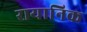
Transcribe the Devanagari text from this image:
रायानिक